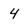
Character: 4